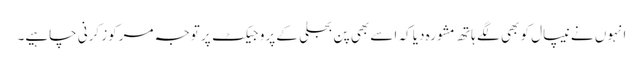
انہوں نے نیپال کو بھی لگے ہاتھ مشورہ دیا کہ اسے بھی پن بجلی کے پروجیکٹ پر توجہ مرکوز کرنی چاہیے۔